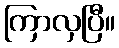
ကြာလှပြီ။